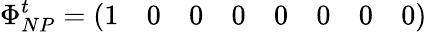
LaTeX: \Phi_{NP}^{t}=\left(\begin{array}{llllllll}{{1}}&{{0}}&{{0}}&{{0}}&{{0}}&{{0}}&{{0}}&{{0}}\end{array}\right)